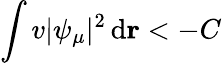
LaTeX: \int v|\psi_{\mu}|^{2}\, \mathrm{d}\mathbf{r}<-C